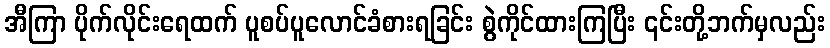
အီကြာ ပိုက်လိုင်းရေထက် ပူစပ်ပူလောင်ခံစားရခြင်း စွဲကိုင်ထားကြပြီး ၎င်းတို့ဘက်မှလည်း